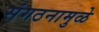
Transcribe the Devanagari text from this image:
संगठनामुळे